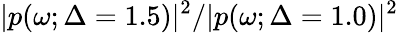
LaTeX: |p(\omega;\Delta=1.5)|^{2}/|p(\omega;\Delta=1.0)|^{2}